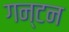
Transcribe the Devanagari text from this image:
गन्टन